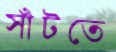
সাঁটতে